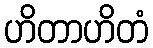
ဟိတာဟိတံ